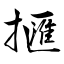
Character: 擓